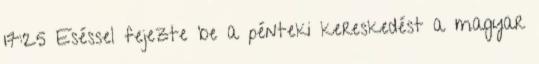
17:25 Eséssel fejezte be a pénteki kereskedést a magyar